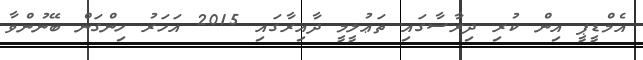
އެމްޑީޕީ އިން ކުރި ދިރާސާގައި ތަޢުލީމީ ދާއިރާގައި 2015 އަހަރު ހިންގަން ބޭނުންވާ